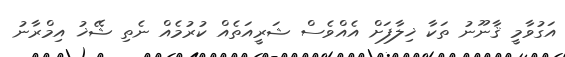
އަގުވާމީ ޤާނޫނު ތަކާ ޚިލާފަށް އެއްވެސް ޝަރީއަތެއް ކުރުމެއް ނެތި ޝޭޚު އިމްރާނު